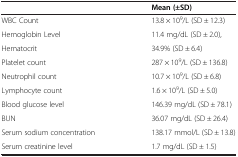
<table><thead><tr><td><b> </b></td><td><b>Mean (±SD)</b></td></tr></thead><tbody><tr><td>WBC Count</td><td>13.8 × 10<sup>9</sup>/L (SD ± 12.3)</td></tr><tr><td>Hemoglobin Level</td><td>11.4 mg/dL (SD ± 2.0),</td></tr><tr><td>Hematocrit</td><td>34.9% (SD ± 6.4)</td></tr><tr><td>Platelet count</td><td>287 × 10<sup>9</sup>/L (SD ± 136.8)</td></tr><tr><td>Neutrophil count</td><td>10.7 × 10<sup>9</sup>/L (SD ± 6.8)</td></tr><tr><td>Lymphocyte count</td><td>1.6 × 10<sup>9</sup>/L (SD ± 5.0)</td></tr><tr><td>Blood glucose level</td><td>146.39 mg/dL (SD ± 78.1)</td></tr><tr><td>BUN</td><td>36.07 mg/dL (SD ± 26.4)</td></tr><tr><td>Serum sodium concentration</td><td>138.17 mmol/L (SD ± 13.8)</td></tr><tr><td>Serum creatinine level</td><td>1.7 mg/dL (SD ± 1.5)</td></tr></tbody></table>